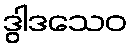
ဒွါဒသေဝ